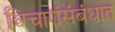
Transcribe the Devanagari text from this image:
विचारांसंबंधात